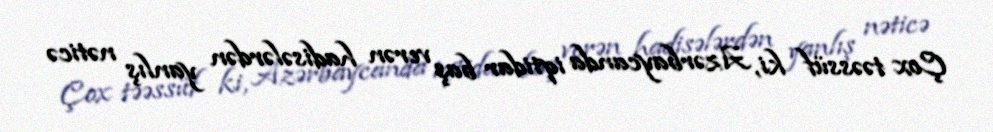
Çox təəssüf ki, Azərbaycanda iqtidar baş verən hadisələrdən yanlış nəticə